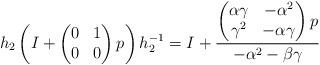
LaTeX: \begin{align*}h_2 \left( I + \begin{pmatrix} 0 & 1 \\ 0 & 0 \end{pmatrix} p \right) h_2^{-1} = I + \frac{ \begin{pmatrix} \alpha \gamma & -\alpha^2 \\ \gamma^2 & -\alpha \gamma \end{pmatrix} p}{-\alpha^2 - \beta \gamma}\end{align*}